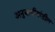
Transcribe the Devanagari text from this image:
अनुयायीयांतील